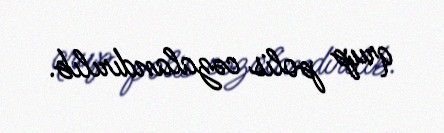
qrup polis cəzalandırılıb.